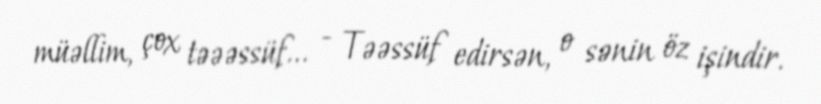
müəllim, çox təəəssüf... - Təəssüf edirsən, o sənin öz işindir.